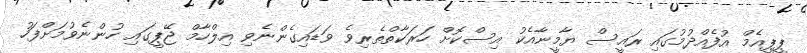
ޕީޕީއެމް އުފެއްދުމުގައި ރައީސް ޔާމީނާއެކު އިސްކޮށް ހަރަކާތްތެރިވެ ވަޑައިގެންނެވި އިލްހާމް ޖޭޕީގައި ހުންނެވުމަށްފަހު